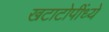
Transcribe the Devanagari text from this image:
खटाटोपींध्ये